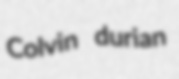
Colvin durian